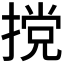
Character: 𫽮